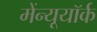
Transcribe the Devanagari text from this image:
मेंन्यूयॉर्क